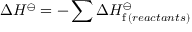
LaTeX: \Delta H ^ { \ominus } = - \sum \Delta H _ { \mathrm { f } \, ( r e a c t a n t s ) } ^ { \ominus }